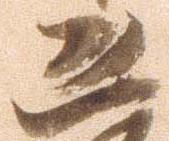
恐